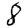
Digit: 8